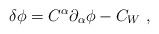
LaTeX: \begin{align*}\delta \phi = C^{\alpha}{\partial}_{\alpha} \phi - C_{W}~,\end{align*}